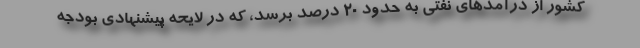
کشور از درآمدهای نفتی به حدود ۲۰ درصد برسد، که در لایحه پیشنهادی بودجه